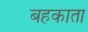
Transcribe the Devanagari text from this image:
बहकाता